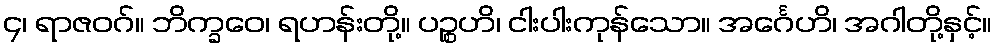
၄၊ ရာဇဝဂ်။ ဘိက္ခဝေ၊ ရဟန်းတို့။ ပဉ္စဟိ၊ ငါးပါးကုန်သော။ အင်္ဂေဟိ၊ အဂါတို့နှင့်။